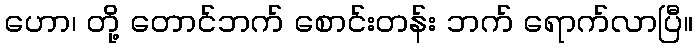
ဟော၊ တို့ တောင်ဘက် စောင်းတန်း ဘက် ရောက်လာပြီ။